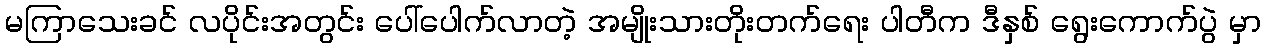
မကြာသေးခင် လပိုင်းအတွင်း ပေါ်ပေါက်လာတဲ့ အမျိုးသားတိုးတက်ရေး ပါတီက ဒီနှစ် ရွေးကောက်ပွဲ မှာ